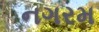
નગરમ